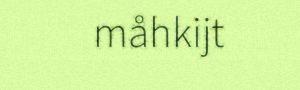
måhkijt